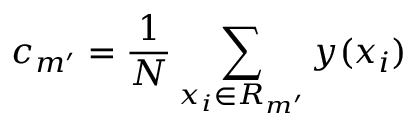
c _ { m ^ { \prime } } = \frac { 1 } { N } \sum _ { x _ { i } \in R _ { m ^ { \prime } } } y ( x _ { i } )